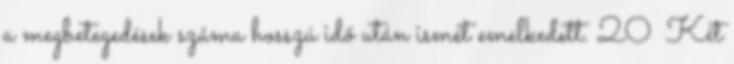
a megbetegedések száma hosszú idő után ismét emelkedett. 20 Két